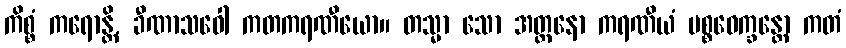
ကိစ္စံ ကရောန္တိ, ခီဏာသဝေါ ကတကရဏီယော။ တသ္မာ သော အတ္တနော ကရဏီယံ ပစ္စဝေက္ခန္တော ကတံ